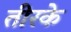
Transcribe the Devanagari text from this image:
तीरके